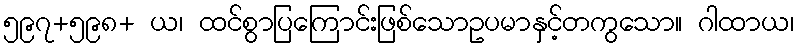
၅၉၇+၅၉၈+ ယ၊ ထင်စွာပြကြောင်းဖြစ်သောဥပမာနှင့်တကွသော။ ဂါထာယ၊